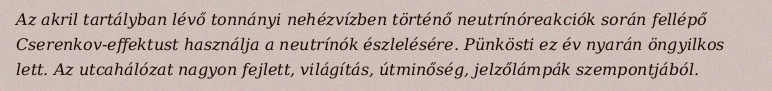
Az akril tartályban lévő tonnányi nehézvízben történő neutrínóreakciók során fellépő Cserenkov-effektust használja a neutrínók észlelésére. Pünkösti ez év nyarán öngyilkos lett. Az utcahálózat nagyon fejlett, világítás, útminőség, jelzőlámpák szempontjából.